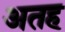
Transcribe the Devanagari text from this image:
अतह